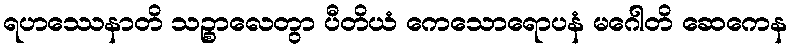
ရဟဿေနာတိ သဉ္စာလေတွာ ပီတိယံ ကေသောရောပနံ မဂေါတိ ဆေကေန